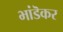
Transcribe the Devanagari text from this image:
भांडॆकर